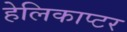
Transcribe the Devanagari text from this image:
हेलिकाप्‍टर